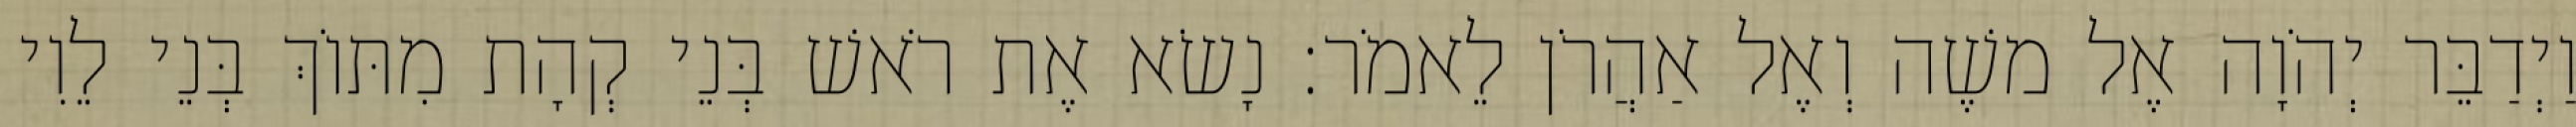
וַיְדַבֵּר יְהֹוָה אֶל משֶׁה וְאֶל אַהֲרֹן לֵאמֹר׃ נָשׂא אֶת רֹאשׁ בְּנֵי קְהָת מִתּוֹךְ בְּנֵי לֵוִי